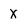
Character: X